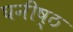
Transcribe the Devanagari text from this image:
घनीष्ठ